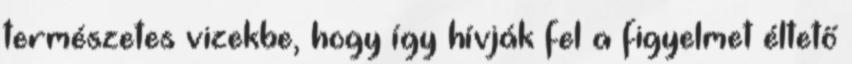
természetes vizekbe, hogy így hívják fel a figyelmet éltető